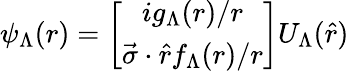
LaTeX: \psi_{\Lambda}(r)=\left[\begin{array}{c}{{ig_{\Lambda}(r)/r}}\\ {{\vec{\sigma}\cdot\widehat{r}f_{\Lambda}(r)/r}}\end{array}\right]U_{\Lambda}(\widehat{r})